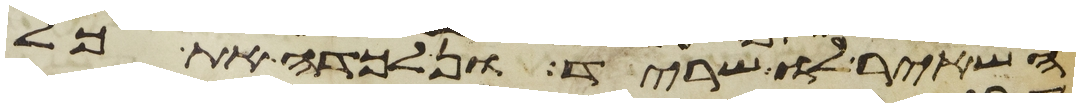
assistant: השאיר לו שריד ונלכדה את כל